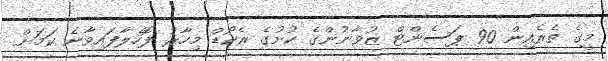
މީގެ ތެރެއިން 90 ޕަސެންޓް ޒުވާނުންގެ ކުށުގެ ރެކޯޑް މިހާރު ފޮހެލާފައިވާނެ ކަމަށް